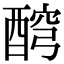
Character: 𨡗